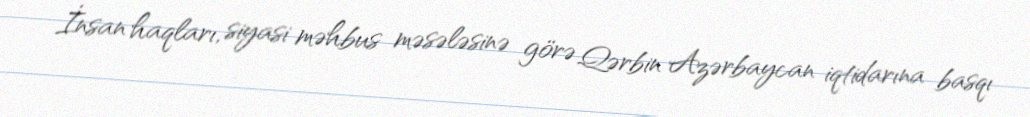
İnsan haqları, siyasi məhbus məsələsinə görə Qərbin Azərbaycan iqtidarına basqı